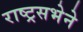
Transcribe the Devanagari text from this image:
राष्ट्रसभेने